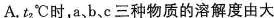
A.t_{2}^{\circ}C时，a、b、c三种物质的溶解度由大